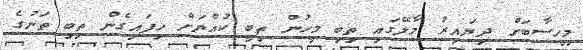
މިހިސާބަށް ދިޔައިރު މާލޭގައި ތިބި މީހުން ތިބީ ކުއްޔަށް ހިފައިގެން ތިބި ތަނުގެ